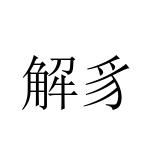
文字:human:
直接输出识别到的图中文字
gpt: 解豸